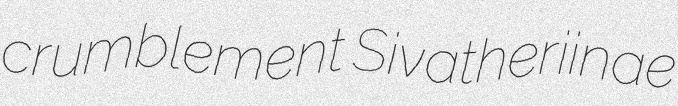
crumblement Sivatheriinae